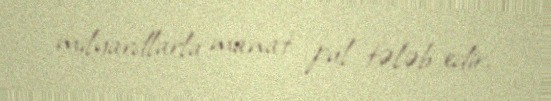
milyardlarla manat pul tələb edir.